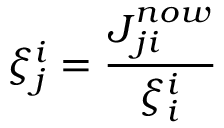
\xi _ { j } ^ { i } = \frac { \boldsymbol { J } _ { j i } ^ { n o w } } { \xi _ { i } ^ { i } }